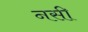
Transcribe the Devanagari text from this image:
नसी